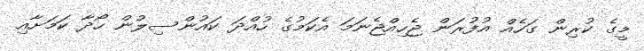
މީގެ ކުރިން ގަހެއް އުފުރަން ޖެހިއްޖެނަމަ އެކަމުގެ ހުއްދަ ކައުންސިލުން ހޯދާ ކަމަށާއި